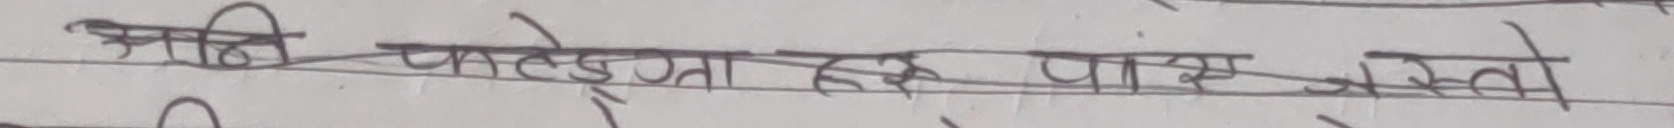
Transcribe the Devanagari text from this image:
चाहि फट्याङ्ग्राहरु पाए जस्तो